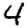
Digit: 4